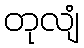
တုလျံ